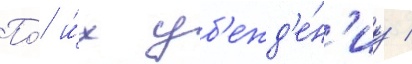
По́ и́х уб'ежд'е́н'иу /